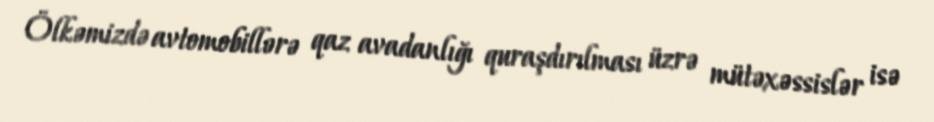
Ölkəmizdə avtomobillərə qaz avadanlığı quraşdırılması üzrə mütəxəssislər isə